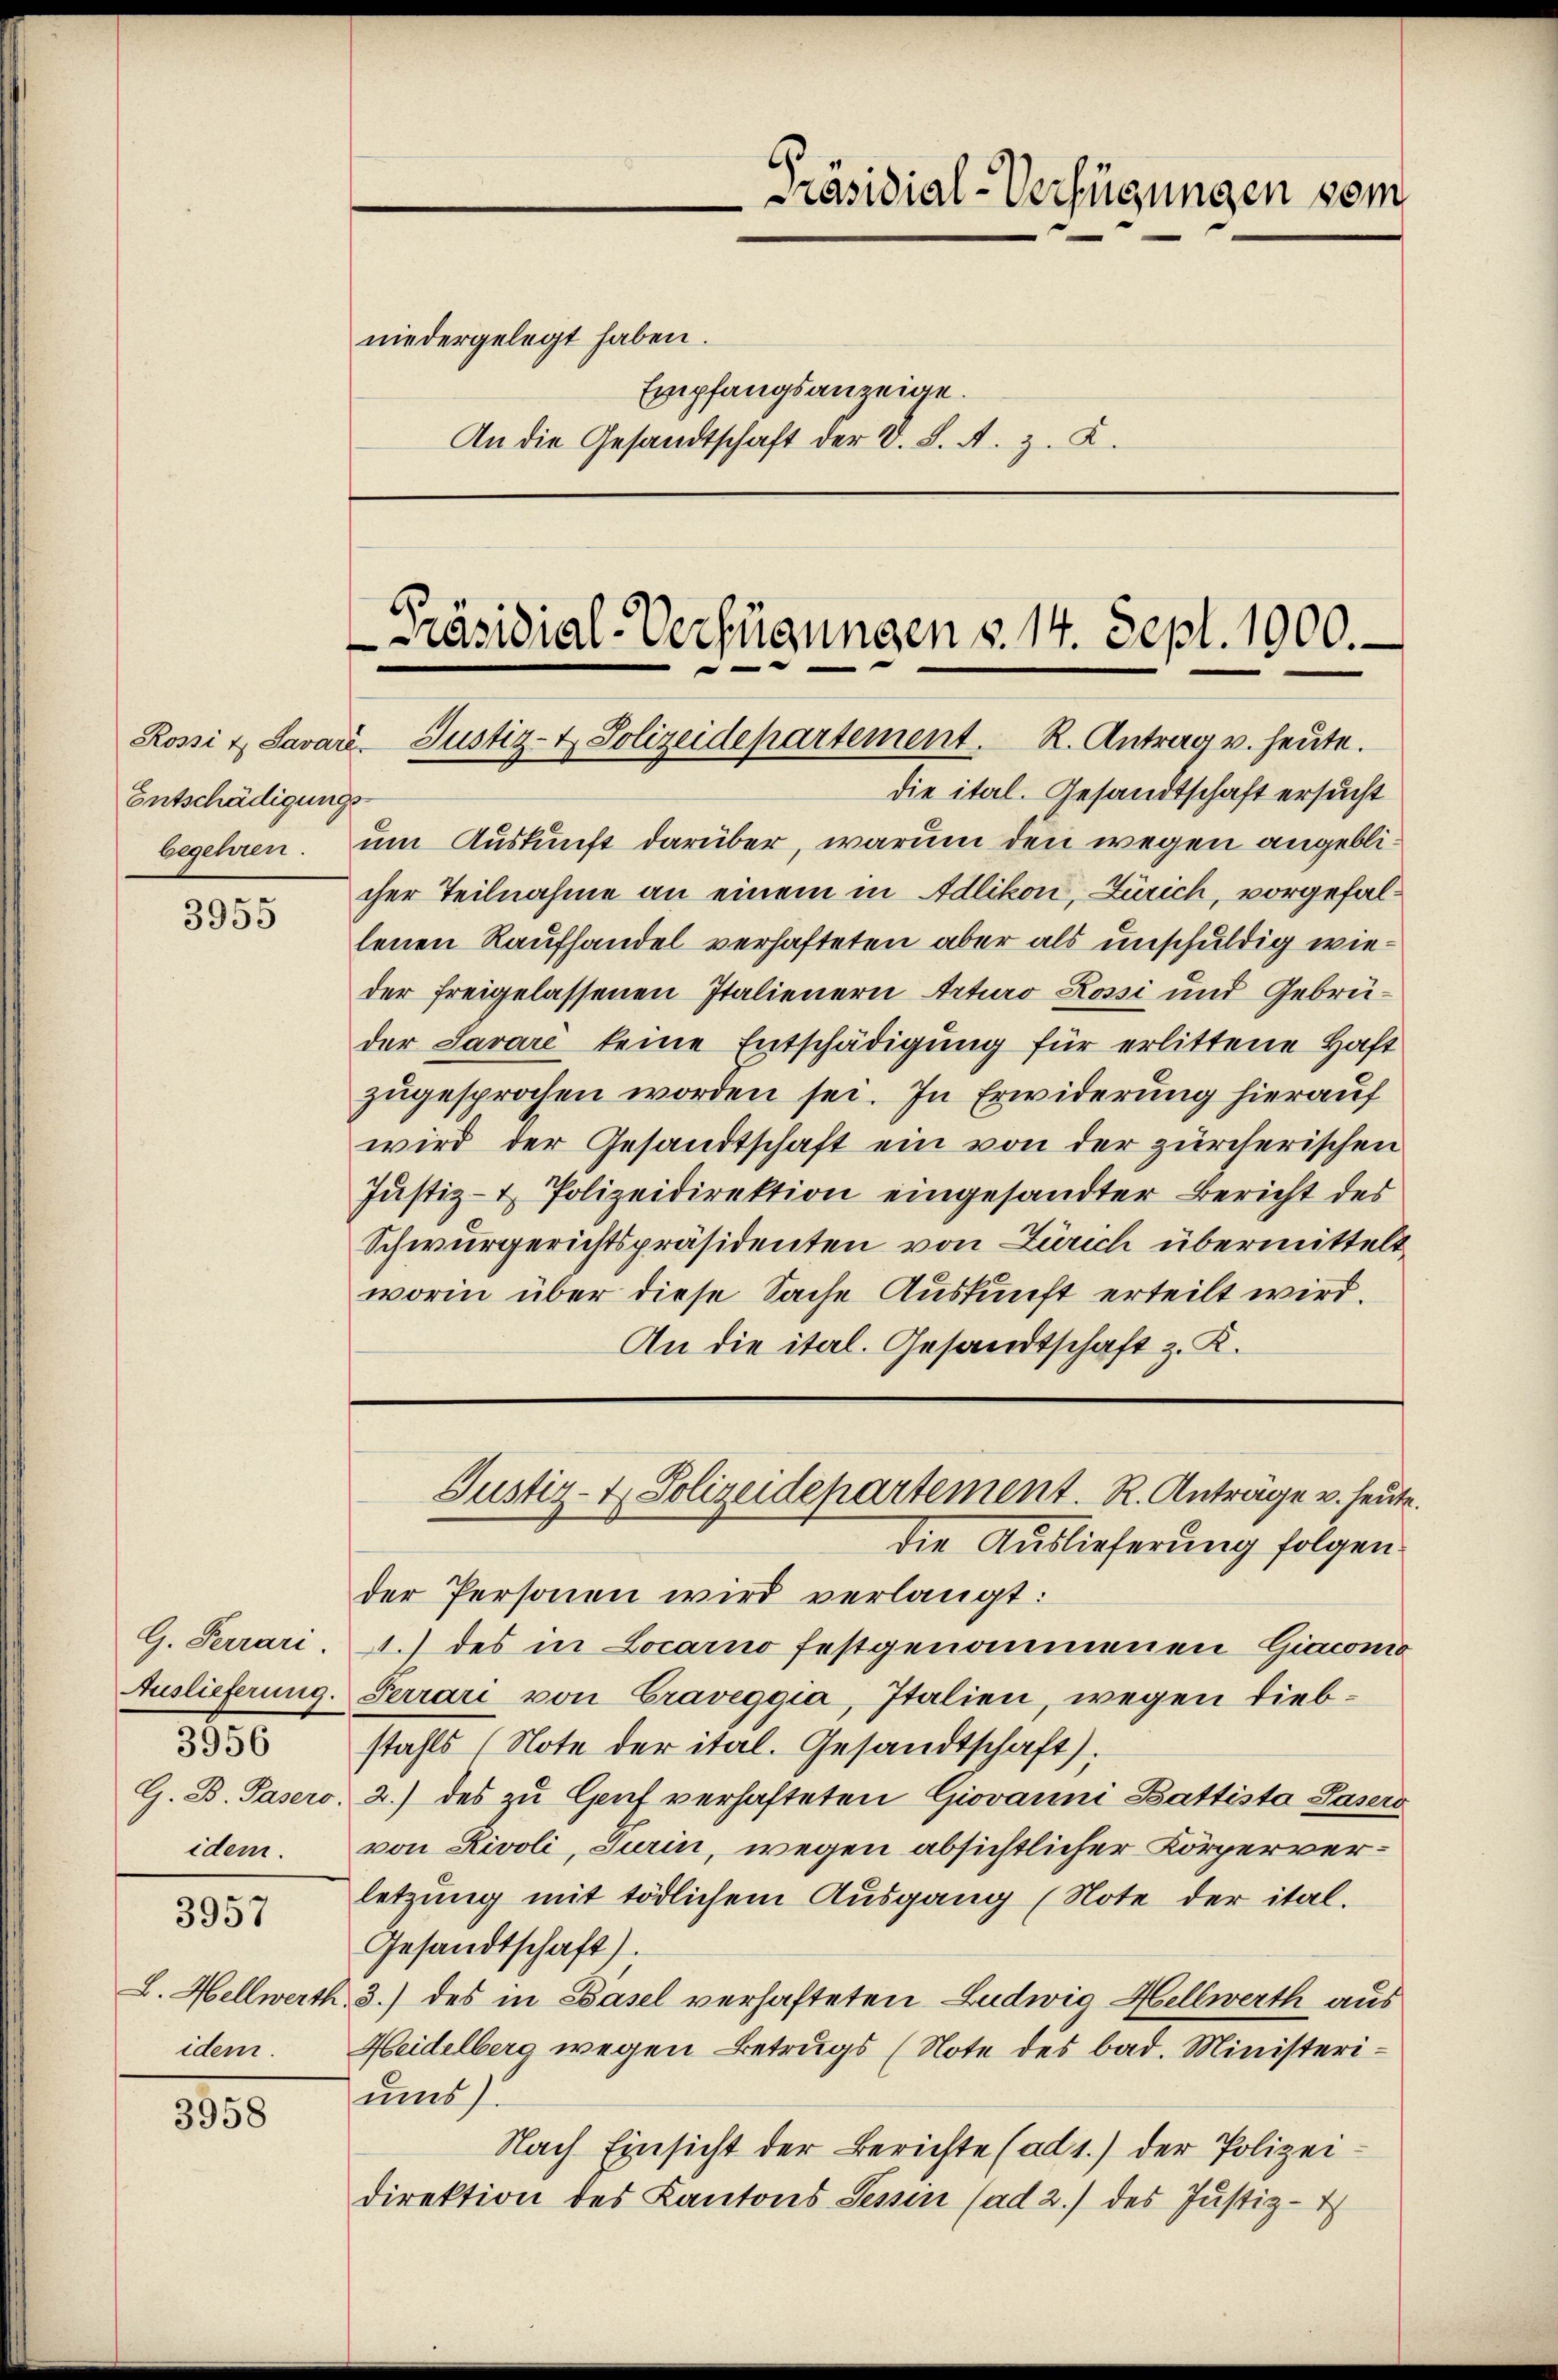
Entschädigungsbegehren.

3955

3956
idem.

idem.

3957

815

niedergelegt haben.
Empfangsanzeige.
An die Gesandtschaft der d. L. A. z. Z.

Präsidial-Verfügungen vom

Präsidial-Verfügungen §. 14. Sept. 1000.-
Rossi & Savaré- Justiz- & Polizeidepartement. R. Antrag u. heute.

die ital. Gesandtschaft ersucht
um Auskunft darüber, warum den wegen angeblicher Teilnahme an einem in Adlikon, Zürich, vorgefallenen Raufhandel verhafteten aber als unschuldig wieder freigelassenen Italienern Arturo Rossi und Gebrüder Savari keine Entschädigung für erlittene Haft
zugesprochen worden sei. In Erwiderung hierauf
wird der Gesandtschaft ein von der zürcherischen
Justiz- & Polizeidirektion eingesandter Bericht des
Schwurgerichtspräsidenten von Zürich übermittelt
worin über diese Sache Auskunft erteilt wird.
An die ital. Gesandtschaft z. K.

die Auslieferung folgen.
der Personen wird verlangt:
G. Terrari. A.) des in Locarno festgenommenen Giacomo
Auslieferung. Ferrari von Graveggia, Italien, wegen Liebstahls (Note der ital. Gesandtschaft).
G. B. Pasero, 2.) des zu Genf verhafteten Giovanni Battista Pasers
von Rivoli, Turin, wegen absichtlicher Körperverletzung mit tödlichem Ausgang (Note der ital.
Gesandtschaft).
L. Hellwerth 3.) des in Basel verhafteten Ludwig Hellwerth aus
Heidelberg wegen Betrugs (Note des bad. Ministeriums).
Nach Einsicht der Berichte (ad 1.) der Polizeidirektion des Kantons Sessen (ad 2.) des Justiz-

Justiz- & Polizeidepartement. R. Anträge u. heute.